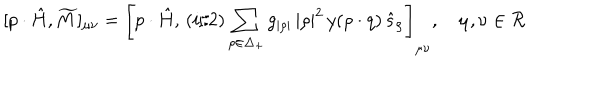
[ p \cdot \hat { H } , \widetilde { M } ] _ { \mu \nu } = \left[ p \cdot \hat { H } , \, { ( i / 2 ) } \sum _ { \rho \in \Delta _ { + } } g _ { | \rho | } \, { | \rho | ^ { 2 } } \, y ( \rho \cdot q ) \, \hat { s } _ { \rho } \right] _ { \mu \nu } , \quad \mu , \nu \in { \cal R }